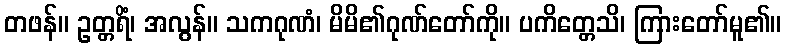
တဖန်။ ဥတ္တရိံ၊ အလွန်။ သကဂုဏံ၊ မိမိ၏ဂုဏ်တော်ကို။ ပကိတ္တေသိ၊ ကြားတော်မူ၏။